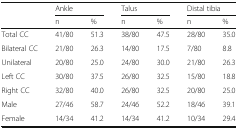
<table><thead><tr><td></td><td colspan="2"><b>Ankle</b></td><td colspan="2"><b>Talus</b></td><td colspan="2"><b>Distal tibia</b></td></tr><tr><td></td><td><b>n</b></td><td><b>%</b></td><td><b>n</b></td><td><b>%</b></td><td><b>n</b></td><td><b>%</b></td></tr></thead><tbody><tr><td>Total CC</td><td>41/80</td><td>51.3</td><td>38/80</td><td>47.5</td><td>28/80</td><td>35.0</td></tr><tr><td>Bilateral CC</td><td>21/80</td><td>26.3</td><td>14/80</td><td>17.5</td><td>7/80</td><td>8.8</td></tr><tr><td>Unilateral</td><td>20/80</td><td>25.0</td><td>24/80</td><td>30.0</td><td>21/80</td><td>26.3</td></tr><tr><td>Left CC</td><td>30/80</td><td>37.5</td><td>26/80</td><td>32.5</td><td>15/80</td><td>18.8</td></tr><tr><td>Right CC</td><td>32/80</td><td>40.0</td><td>26/80</td><td>32.5</td><td>20/80</td><td>25.0</td></tr><tr><td>Male</td><td>27/46</td><td>58.7</td><td>24/46</td><td>52.2</td><td>18/46</td><td>39.1</td></tr><tr><td>Female</td><td>14/34</td><td>41.2</td><td>14/34</td><td>41.2</td><td>10/34</td><td>29.4</td></tr></tbody></table>